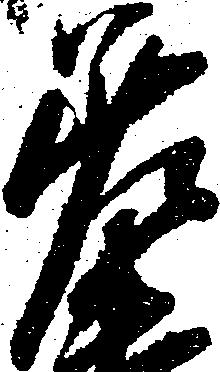
差